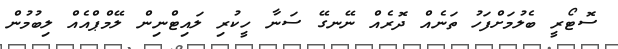
ސޮޓޯރީ ބެލުމަށްފަހު ތަނެއް ދޮރެއް ނޭނގޭ ސަނާ ހީކުރި ލައިޓްނިން ލޭމްޕްއެއް ލިބުމުން